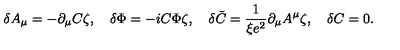
\delta A _ { \mu } = - \partial _ { \mu } C \zeta , \quad \delta \Phi = - i C \Phi \zeta , \quad \delta \bar { C } = \frac { 1 } { \xi e ^ { 2 } } \partial _ { \mu } A ^ { \mu } \zeta , \quad \delta C = 0 .